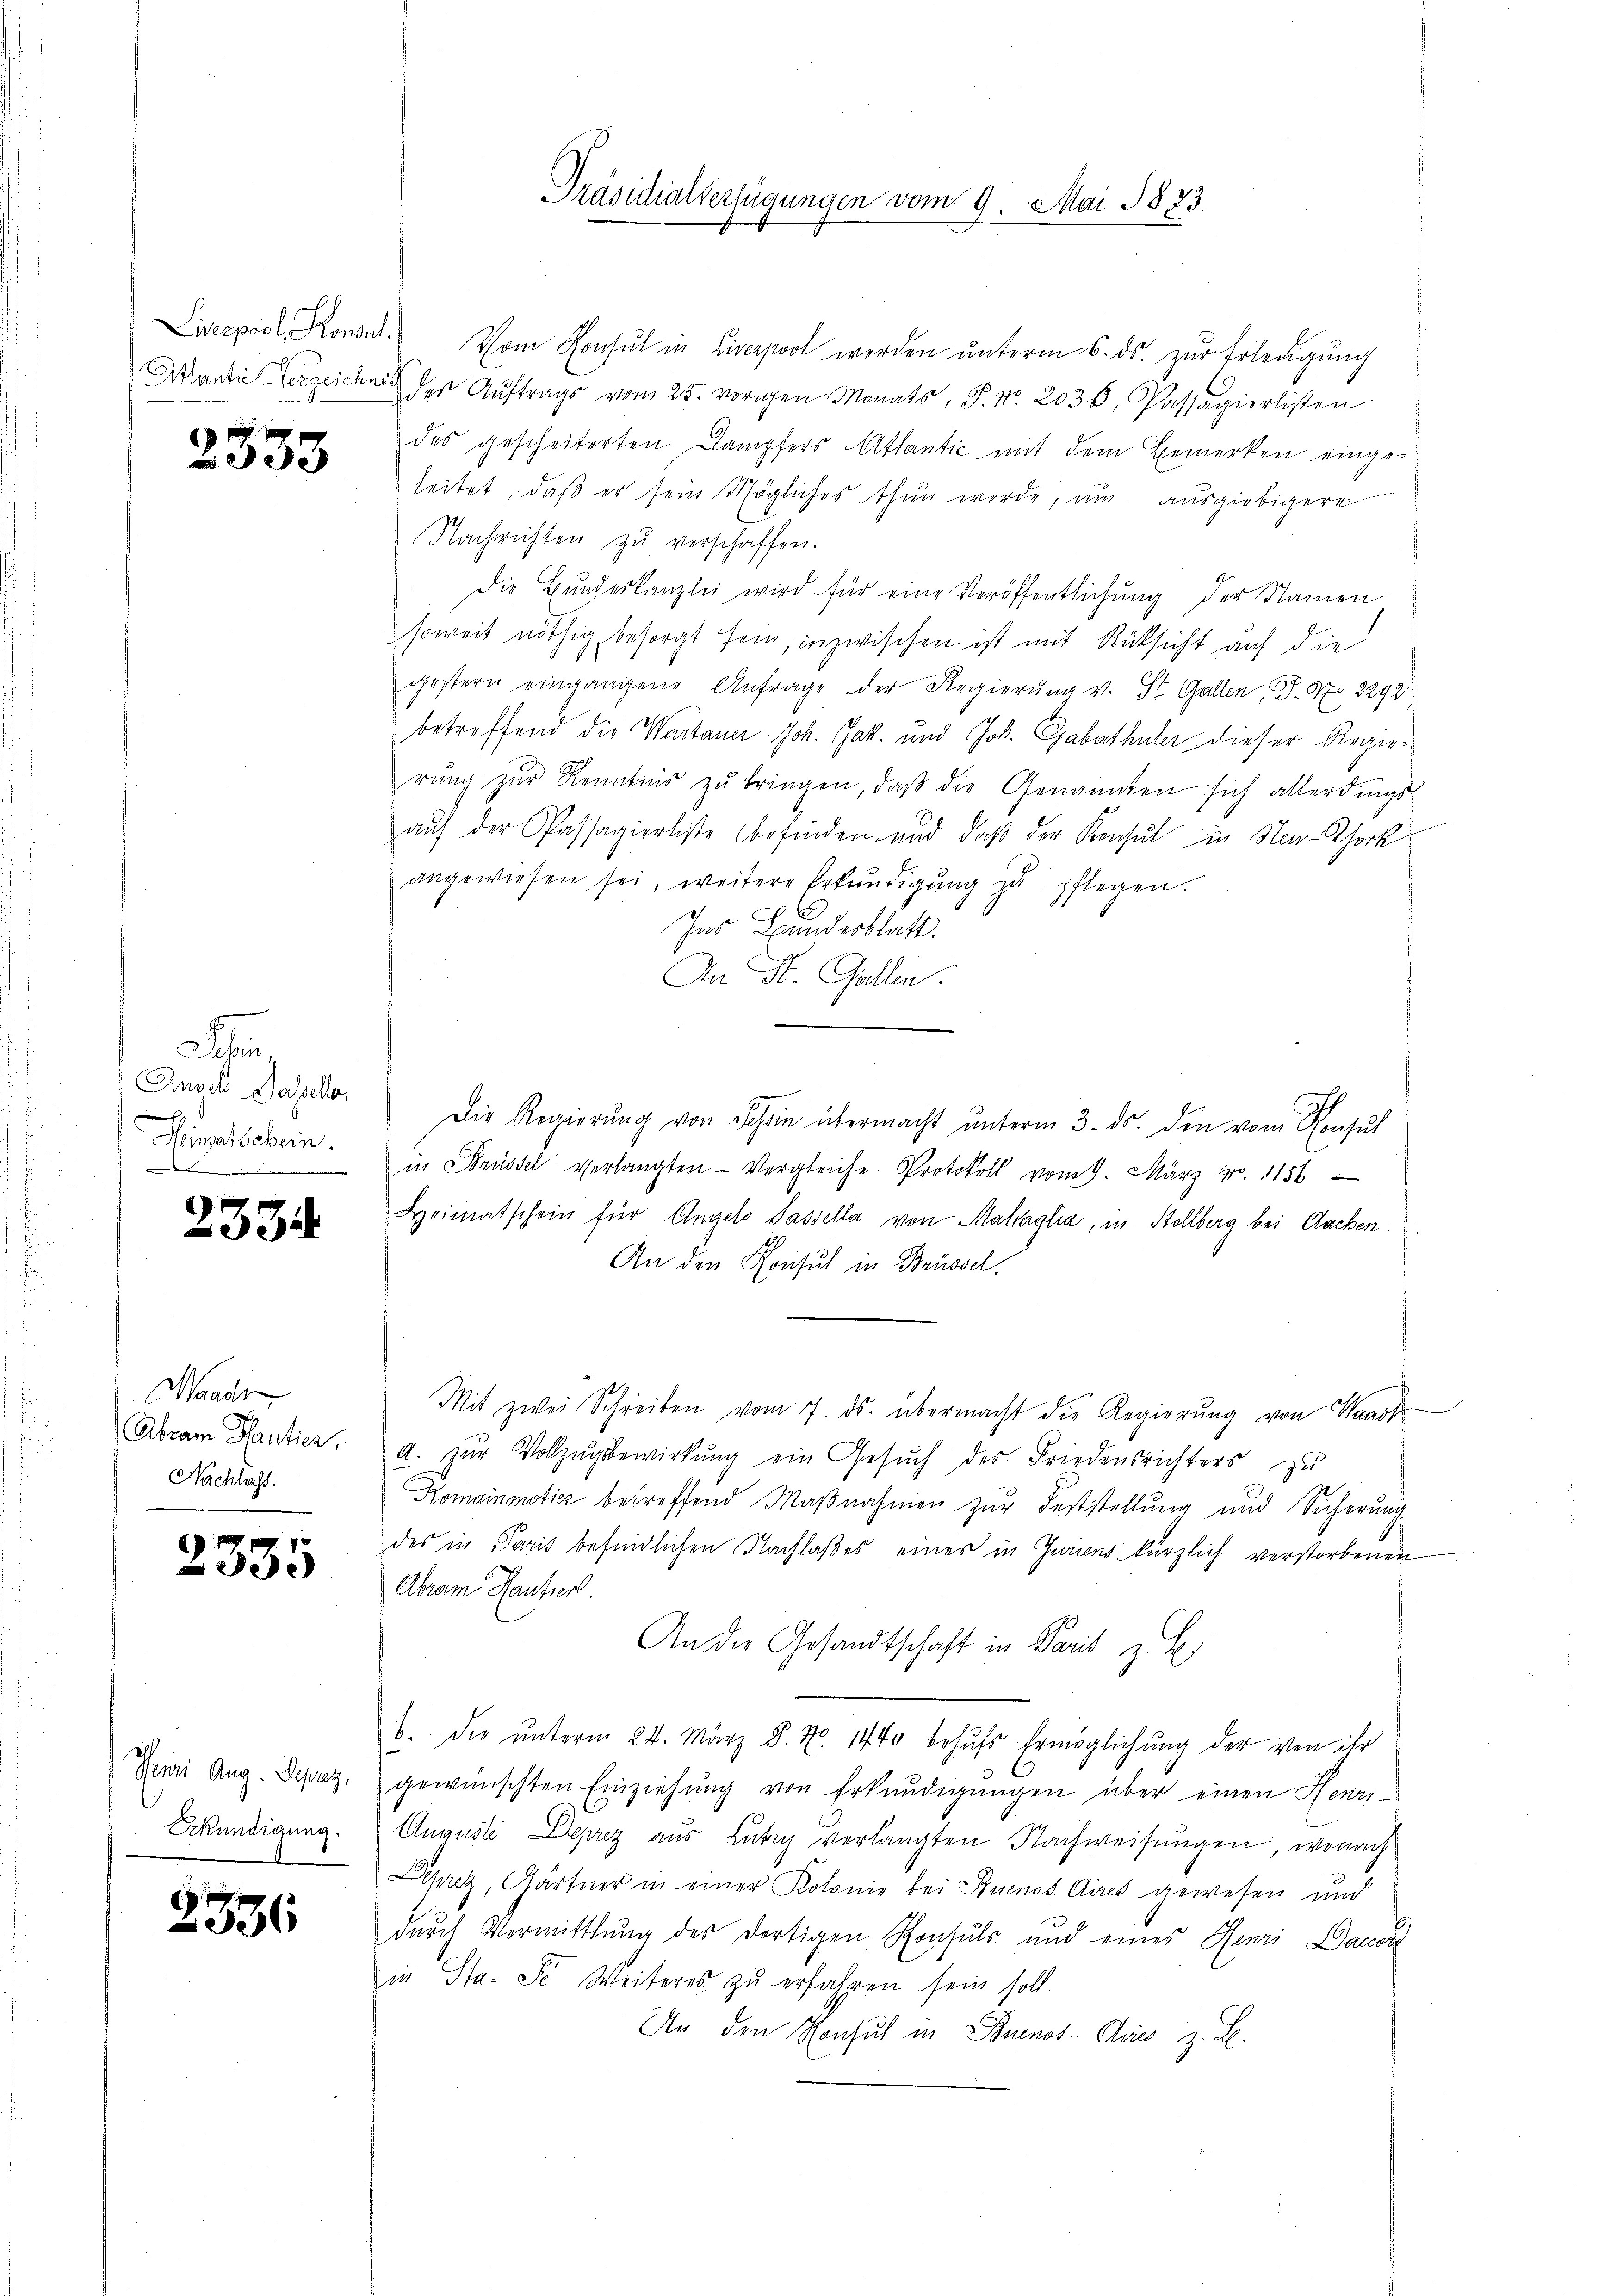
Liserpool, Konsul

2333

Aug
Anger Passelle,

Heimatschein
.

2334

Waadt
Abram Santier,
Nachlass.

2335

Henri Aug. Deprez,
Eckündigung.

2536

Vom Konsul in Liverpool werden ŭnterm 6. ds. zŭr Erledigung
Mantie Verzeichen der Aŭftrags vom 25. vorigen Monats, S. Nr. 2036. Passagierlisten
des gescheiterten Dampfers Attantić mit dem Bemerken eingeleitet, daβ er sein Mögliches thun werde, um ausgiebigere
Nachrichten zŭ verschaffen.
Die Bŭndeskanzlei wird für eine Veröffentlichung der Namen
soweit nöthig besorgt sein; inzwischen ist mit Rücksicht auf die
gestern eingangene Anfrage der Regierŭng v. St. Gallen, P. Nr. 2242
betreffend die Wartaner Joh. Jak. und Joh. Gabathüler dieser Regierŭng zŭr Kenntnis zŭ bringen, daβ die Genannten sich allerdings-
auf der Passagierliste befinden und daß der Konsul in Ner-Rhork
angewiesen sei, weitere Erkŭndigŭng zŭ pflegen.
Ins Bundesblatt.
An St. Gallen.
Die Regierŭng von Schein übermacht unterm 3. ds. den vom Konsul
in Brüssel verlangten Vergleiche Protokoll vom 9. März Nr. 1156
Heimatschein für Angelo Passella von Matraglia, in Stollberg bei Aachen:
An den Konsul in Brüsse.
Mit zwei Schreiben vom 7. ds. übermacht die Regierŭng von Waadt
A. zŭr Vollzŭgsbewirkung ein Gesŭch der Friedensrichters zu
Romainmoties betreffend Maßnahmen zur Feststellung und Sicherung
des in Paris befindlichen Nachlaßes einer in Juriens kürzlich verstorbenen
Abram Kantiert.
An die Gesandtschaft in Paris z. B.
b. die ŭnterm 24. März 8. No. 1740 behŭfs Ermöglichŭng der von ihr
gewünschten Einziehung von Erkundigungen über einen Henri¬
Auguste Deprez aus Lubi verlangten Nachweisungen, wonach
Spritz, Gärtner in einer Kolonie bei Buenos Aires gewesen und
durch Vermittlung des dortigen Konsuls und eines Henri Dauer
in Sta-Se Weiteres zu erfahren sein soll.
An den Konsul in Buenos-Auss z. B.

Präsidialverfügungen vom 9. Mai 1873.